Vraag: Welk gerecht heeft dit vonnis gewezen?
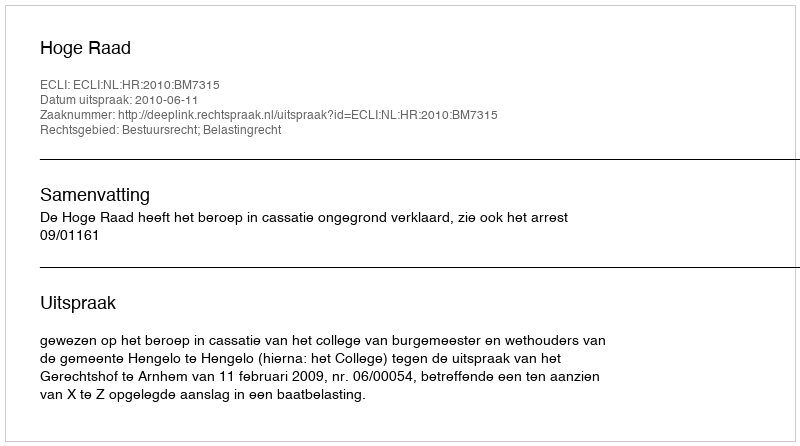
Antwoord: Hoge Raad